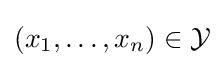
(x_{1},\ldots ,x_{n})\in {\mathcal {Y}}